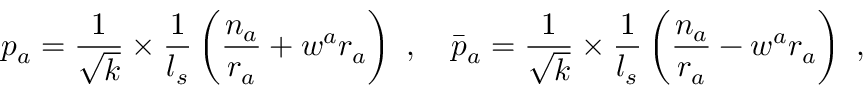
p _ { a } = \frac { 1 } { \sqrt { k } } \times \frac { 1 } { l _ { s } } \left( \frac { n _ { a } } { r _ { a } } + w ^ { a } r _ { a } \right) ~ , ~ ~ ~ \bar { p } _ { a } = \frac { 1 } { \sqrt { k } } \times \frac { 1 } { l _ { s } } \left( \frac { n _ { a } } { r _ { a } } - w ^ { a } r _ { a } \right) ~ ,